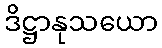
ဒိဋ္ဌာနုသယော